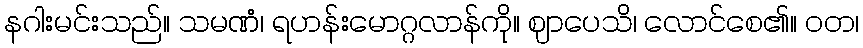
နဂါးမင်းသည်။ သမဏံ၊ ရဟန်းမောဂ္ဂလာန်ကို။ ဈာပေသိ၊ လောင်စေ၏။ ဝတ၊